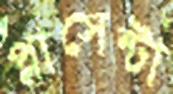
প্লাসেন্টা